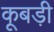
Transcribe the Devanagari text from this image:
कूबड़ी